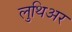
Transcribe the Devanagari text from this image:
लुथिअर